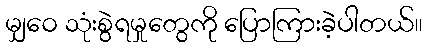
မျှဝေ သုံးစွဲရမှုတွေကို ပြောကြားခဲ့ပါတယ်။